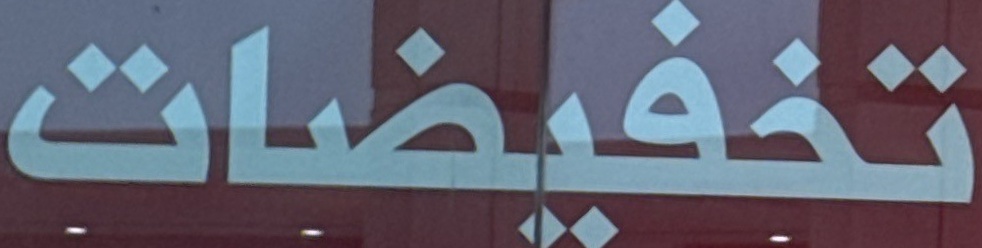
تخفيضات